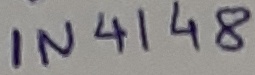
Text: IN4148